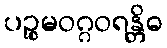
ပဉ္စမဝဂ္ဂဝရန္တိဓ